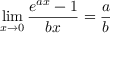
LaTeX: \operatorname* { l i m } _ { x \to 0 } { \frac { e ^ { a x } - 1 } { b x } } = { \frac { a } { b } }